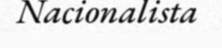
Nacionalista